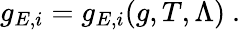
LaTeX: g_{E,i}=g_{E,i}(g,T,\Lambda)\ .